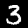
Label: 3